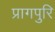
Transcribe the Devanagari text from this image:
प्रागपुरि